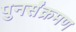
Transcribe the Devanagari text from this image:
पुनर्संक्रमण